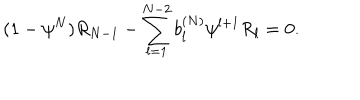
( 1 - { \psi } ^ { N } ) R _ { N - 1 } - \sum _ { l = 1 } ^ { N - 2 } b _ { l } ^ { ( N ) } { \psi } ^ { l + 1 } R _ { l } = 0 .